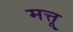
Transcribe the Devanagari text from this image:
मत्तू